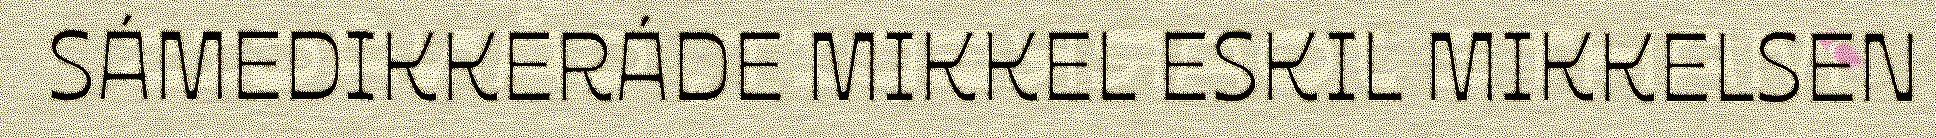
SÁMEDIKKERÁDE MIKKEL ESKIL MIKKELSEN